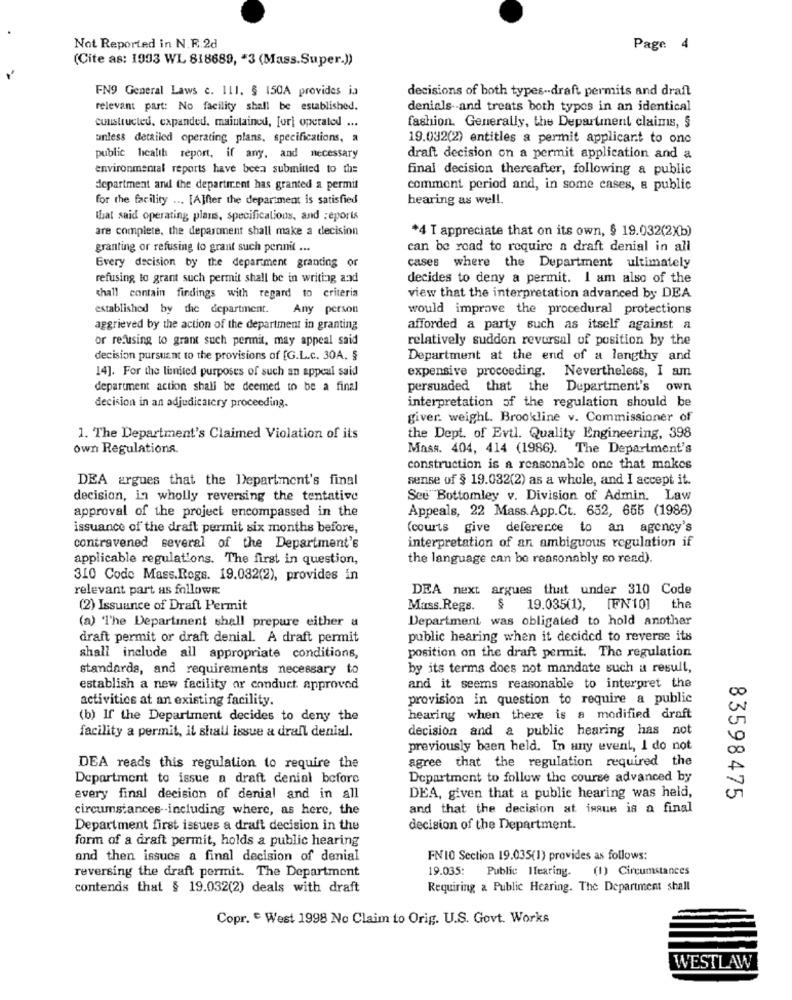
Not Reported in N.F.2d
Page 4
(Cite as: 1993 WL 818689, * 3 (Mass.Super.))
FN9 General Laws c. 111. § 150A provides in
decisions of both types -- draft permits and draft
relevant part: No facility shall be established.
denials -- and treats both types in an identical
fashion. Generally, the Department claims, 5
constructed, expanded, maintained, [url operated ...
unless detailed operating plans, specifications, a
19.032(2) entitles a permit applicant to ono
public health report, if any, and necessary
draft decision on a permit application and a
environmental reports have been submitted to the
final decision thereafter, following a public
department and the department has granted a permit
comment period and, in some cases, a public
for the facility ... [A]fter the department is satisfied
hearing as well.
that said operating plans, specifications, and Reports
are complete, the department shall make a decision
*4 T appreciate that on its own, $ 19.032(2)b)
granting or refusing to grant such pernit ...
can be road to require a draft denial in all
Every decision by the department granting or
cases where the Department ultimately
refusing to grant such permit shall be in writing and
decides to deny a permit. I am also of the
chall contain findings with regard to criteria
view that the interpretation advanced by DEA
established by the department.
Any person
would improve the procedural protections
aggrieved by the action of the department in granting
afforded a party such as itself against a
or refusing to grant such permit, may appeal said
relatively sudden reversal of position by the
decision pursuant to the provisions of [G.L.c. 30A. $
Department at the end of a lengthy and
14]. For the limited purposes of such an appeal said
expensive proceeding. Nevertheless, I am
department action shall be deemed to be a final
persuaded that the Department's own
decision in an adjudicatery proceeding.
interpretation of the regulation should be
giver. weight. Brookline v. Commissioner of
1. The Department's Claimed Violation of its
the Dept. of Evtl. Quality Engineering, 398
own Regulations.
Mass. 404, 414 (1986). The Department's
construction is a reasonable one that makes
DEA argues that the Department's final
sense of § 19.032(2) as a whole, and I accept it.
decision, in wholly reversing the tentative
See Bottomley v. Division of Admin. Law
Appeals, 22 Mass. App.Ct. 652, 655 (1986)
approval of the project encompassed in the
issuance of the draft permit six months before,
(courts give deference to an agency's
contravened several of the Department's
interpretation of an ambiguous regulation if
applicable regulations. The first in question,
the language can be reasonably so read).
310 Code Mass.Regs. 19.032(2), provides in
relevant part as follows:
DEA next argues that under 310 Code
(2) Issuance of Draft Permit
Mass.Regs.
$ 19.035(1), [FN10]
the
Department was obligated to hold another
(a) The Department shall prepure either a
draft permit or draft denial. A draft permit
public hearing when it decided to reverse its
position on the draft permit. The regulation
shall include all appropriate conditions,
standards, and requirements necessary to
by its terms does not mandate such a result,
establish a new facility or conduct. approved
and it seems reasonable to interpret the
activities at an existing facility.
provision in question to require a public
(b) If the Department decides to deny the
hearing when there is a modified draft
facility a permit, il shall issue & drall denial.
decision and a public hearing has not
previously been held. In any event, I do not
agree that the regulation required the
DEA reads this regulation to require the
Department to issue a draft denial before
Department to follow the course advanced by
every final decision of denial and in all
DEA, given that a public hearing was held,
83598475
circumstances -- including where, as here, the
and that the decision at issue is a final
Department first issues a draft decision in the
decision of the Department.
form of a draft permit, holds a public hearing
and then issues a final decision of denial
FN10 Section 19.035(1) provides as follows:
reversing the draft permit. The Department
19.035: Public Hearing.
(1) Circumstances
contends that § 19.032(2) deals with draft
Requiring & Public Hearing. The Department shall
Copr. " West 1998 No Claim to Orig. U.S. Govt. Works
WESTLAW